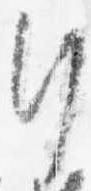
行